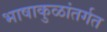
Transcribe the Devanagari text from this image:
भाषाकुळांतर्गत